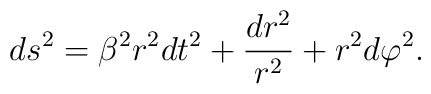
ds^2 = \beta^2 r^2 dt^2 + \frac{dr^2}{r^2} + r^2 d\varphi^2.